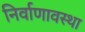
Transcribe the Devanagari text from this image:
निर्वाणावस्था